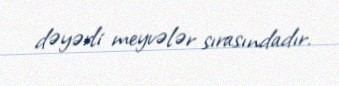
dəyərli meyvələr sırasındadır.